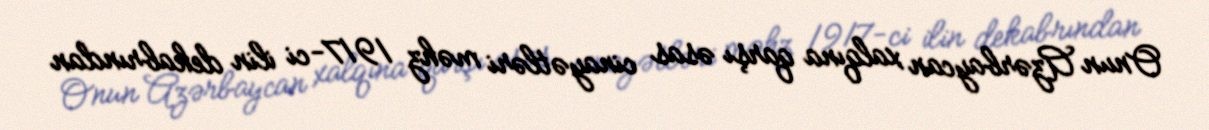
Onun Azərbaycan xalqına qarşı əsas cinayətləri məhz 1917-ci ilin dekabrından